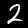
Digit: 2